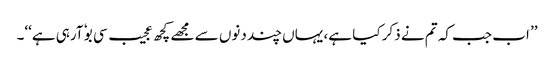
’’ اب جب کہ تم نے ذکر کیا ہے، یہاں چند دنوں سے مجھے کچھ عجیب سی بوٗ آرہی ہے‘‘۔